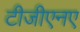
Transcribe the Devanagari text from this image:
टीजीएनए